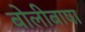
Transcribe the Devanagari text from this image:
बोलीबाषा